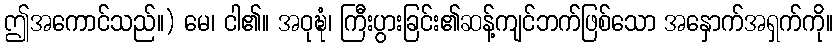
ဤအကောင်သည်။) မေ၊ ငါ၏။ အဝုဍ္ဎံ၊ ကြီးပွားခြင်း၏ဆန့်ကျင်ဘက်ဖြစ်သော အနှောက်အရှက်ကို။